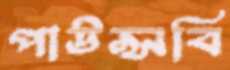
পাউন্সবি